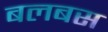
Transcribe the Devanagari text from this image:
बलबस